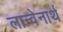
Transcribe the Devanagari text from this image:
लान्वेनार्थ